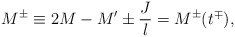
\begin{align*}M^{\pm}\equiv 2M-M^{\prime}\pm\frac{J}{l}=M^{\pm}(t^{\mp}),\end{align*}